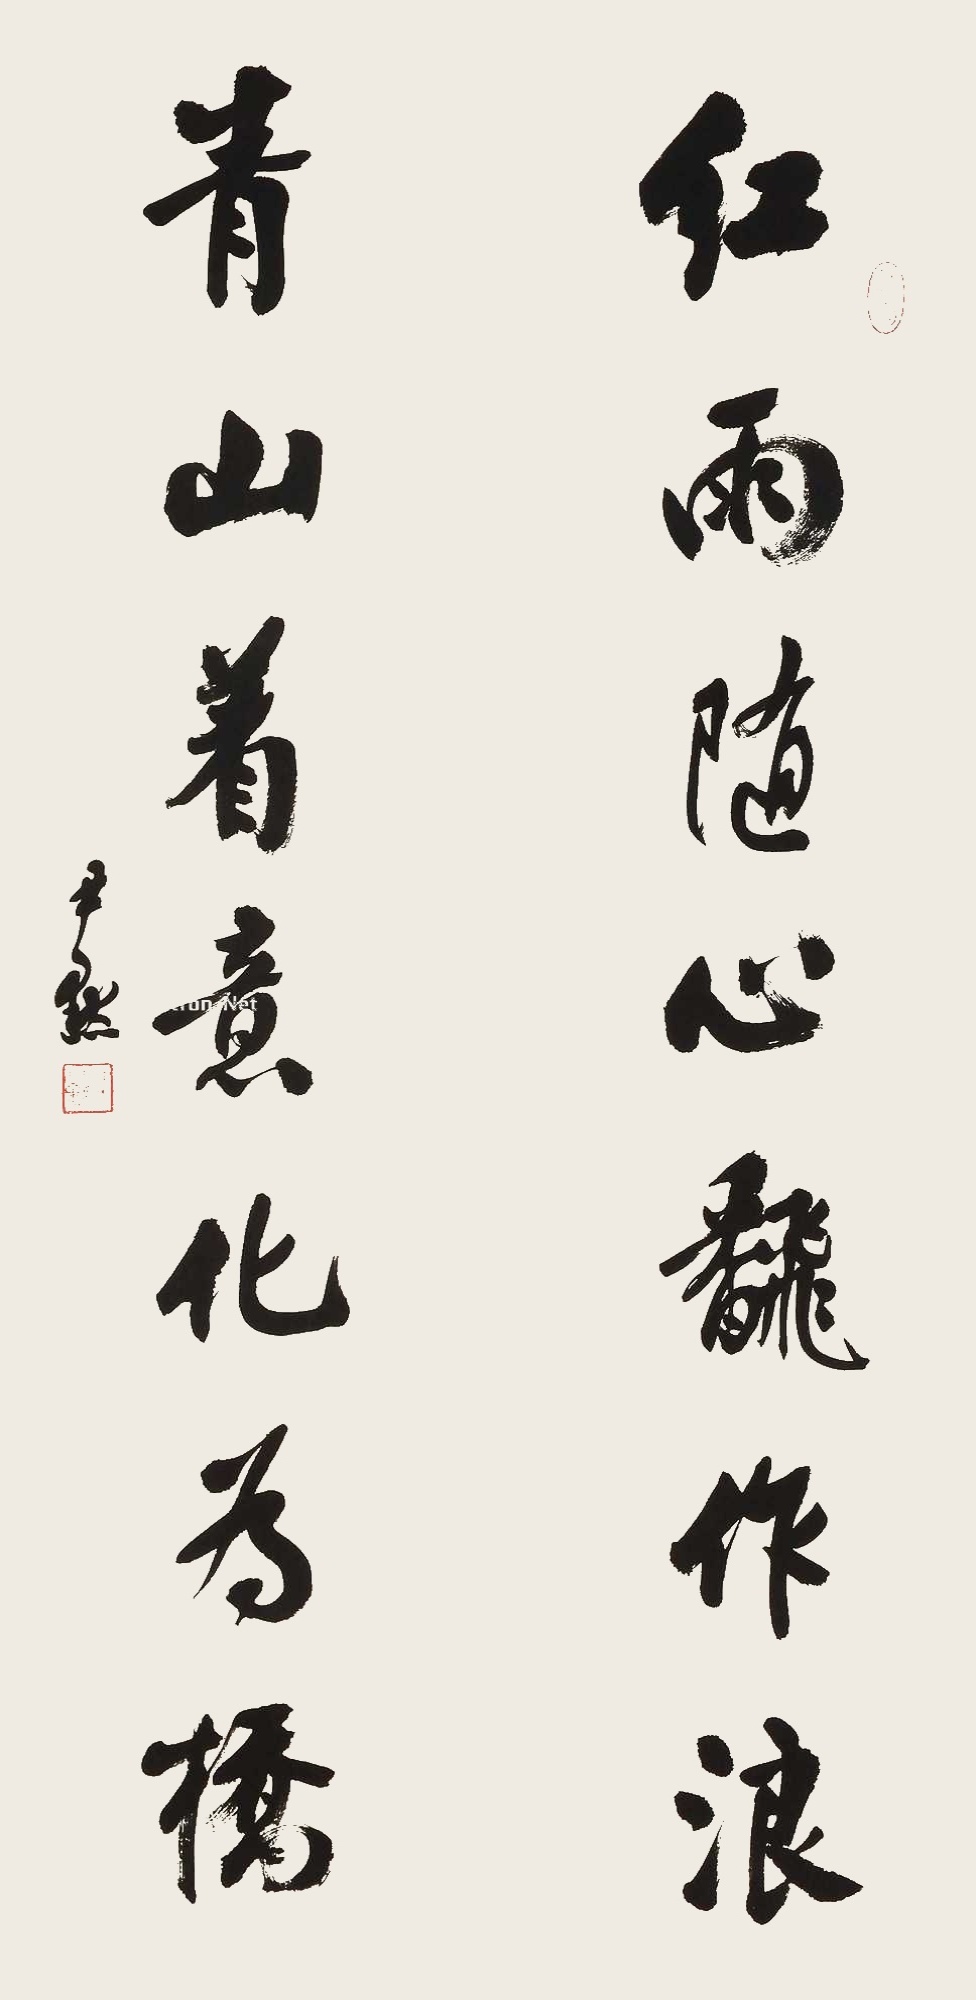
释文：红雨随心翻作浪，青山着意化为桥。尹默。